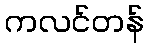
ကလင်တန်